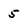
Character: 5